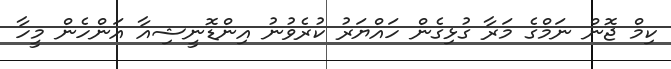
ކިމް ޖޮން ނަމްގެ މަރާ ގުޅިގެން ހައްޔަރު ކުރެވުނު އިންޑޮނީޝިއާ އަންހެން މީހާ